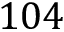
1 0 4